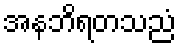
အနဘိရတသညံ